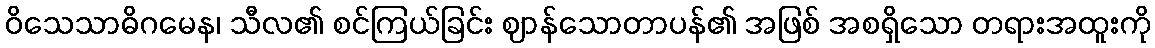
ဝိသေသာဓိဂမေန၊ သီလ၏ စင်ကြယ်ခြင်း ဈာန်သောတာပန်၏ အဖြစ် အစရှိသော တရားအထူးကို